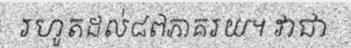
រហូតដល់៨៧ភាគរយ។ វាជា